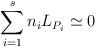
LaTeX: \begin{align*} \sum_{i = 1}^s n_i L_{P_i} \simeq 0 \end{align*}